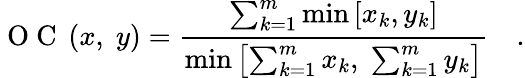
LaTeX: \mathrm{~O~C~}\left(x,\; y\right)=\frac{\sum_{k=1}^{m}\operatorname*{min}\left[x_{k},y_{k}\right]}{\operatorname*{min}\left[\sum_{k=1}^{m}x_{k},\; \sum_{k=1}^{m}y_{k}\right]}\quad.